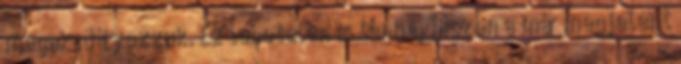
megakadályozzuk. Ez lehetelen is lenne, hiszen a már megjelent